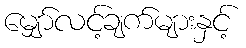
မျှော်လင့်ချက်များနှင့်